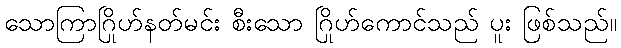
သောကြာဂြိုဟ်နတ်မင်း စီးသော ဂြိုဟ်ကောင်သည် ပူး ဖြစ်သည်။